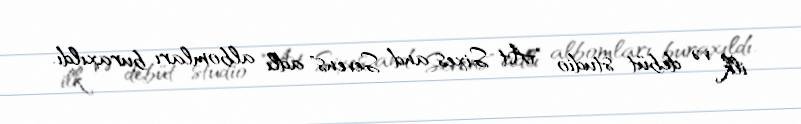
ilk və debüt studio "At Sixes and Sevens" adlı albomları buraxıldı.